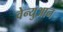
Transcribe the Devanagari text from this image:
वेन्युआन